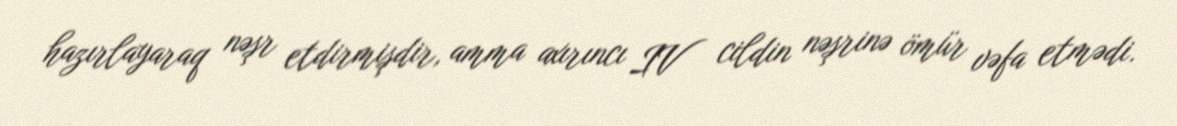
hazırlayaraq nəşr etdirmişdir, amma axırıncı IV cildin nəşrinə ömür vəfa etmədi.